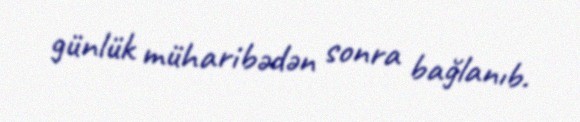
günlük müharibədən sonra bağlanıb.